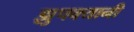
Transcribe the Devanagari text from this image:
झुपक्यानी